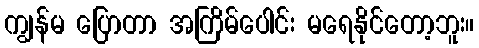
ကျွန်မ ပြောတာ အကြိမ်ပေါင်း မရေနိုင်တော့ဘူး။